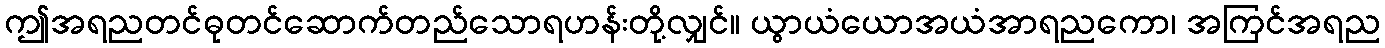
ဤအရညတင်ဓုတင်ဆောက်တည်သောရဟန်းတို့လျှင်။ ယွာယံယောအယံအာရညကော၊ အကြင်အရည